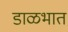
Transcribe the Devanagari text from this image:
डाळभात